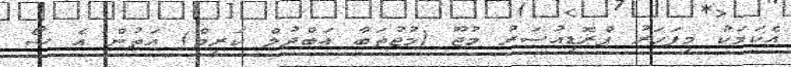
އެކަމަކު މިފަހަރު ޕްރޮޑިއުސަރު މުޖޫ (މުޖުތަބާ އަބްދުލް ކަރީމް) އަތުން އެ ޝޯ